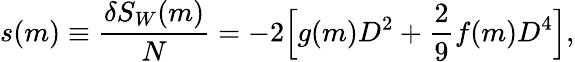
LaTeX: \begin{array}{ccc}{\displaystyle{s(m)\equiv\frac{\delta S_{W}(m)}{N}=-2\Big[g(m)D^{2}+\frac{2}{9}f(m)D^{4}\Big],}}\end{array}